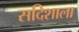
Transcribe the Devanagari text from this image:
सदिशाला